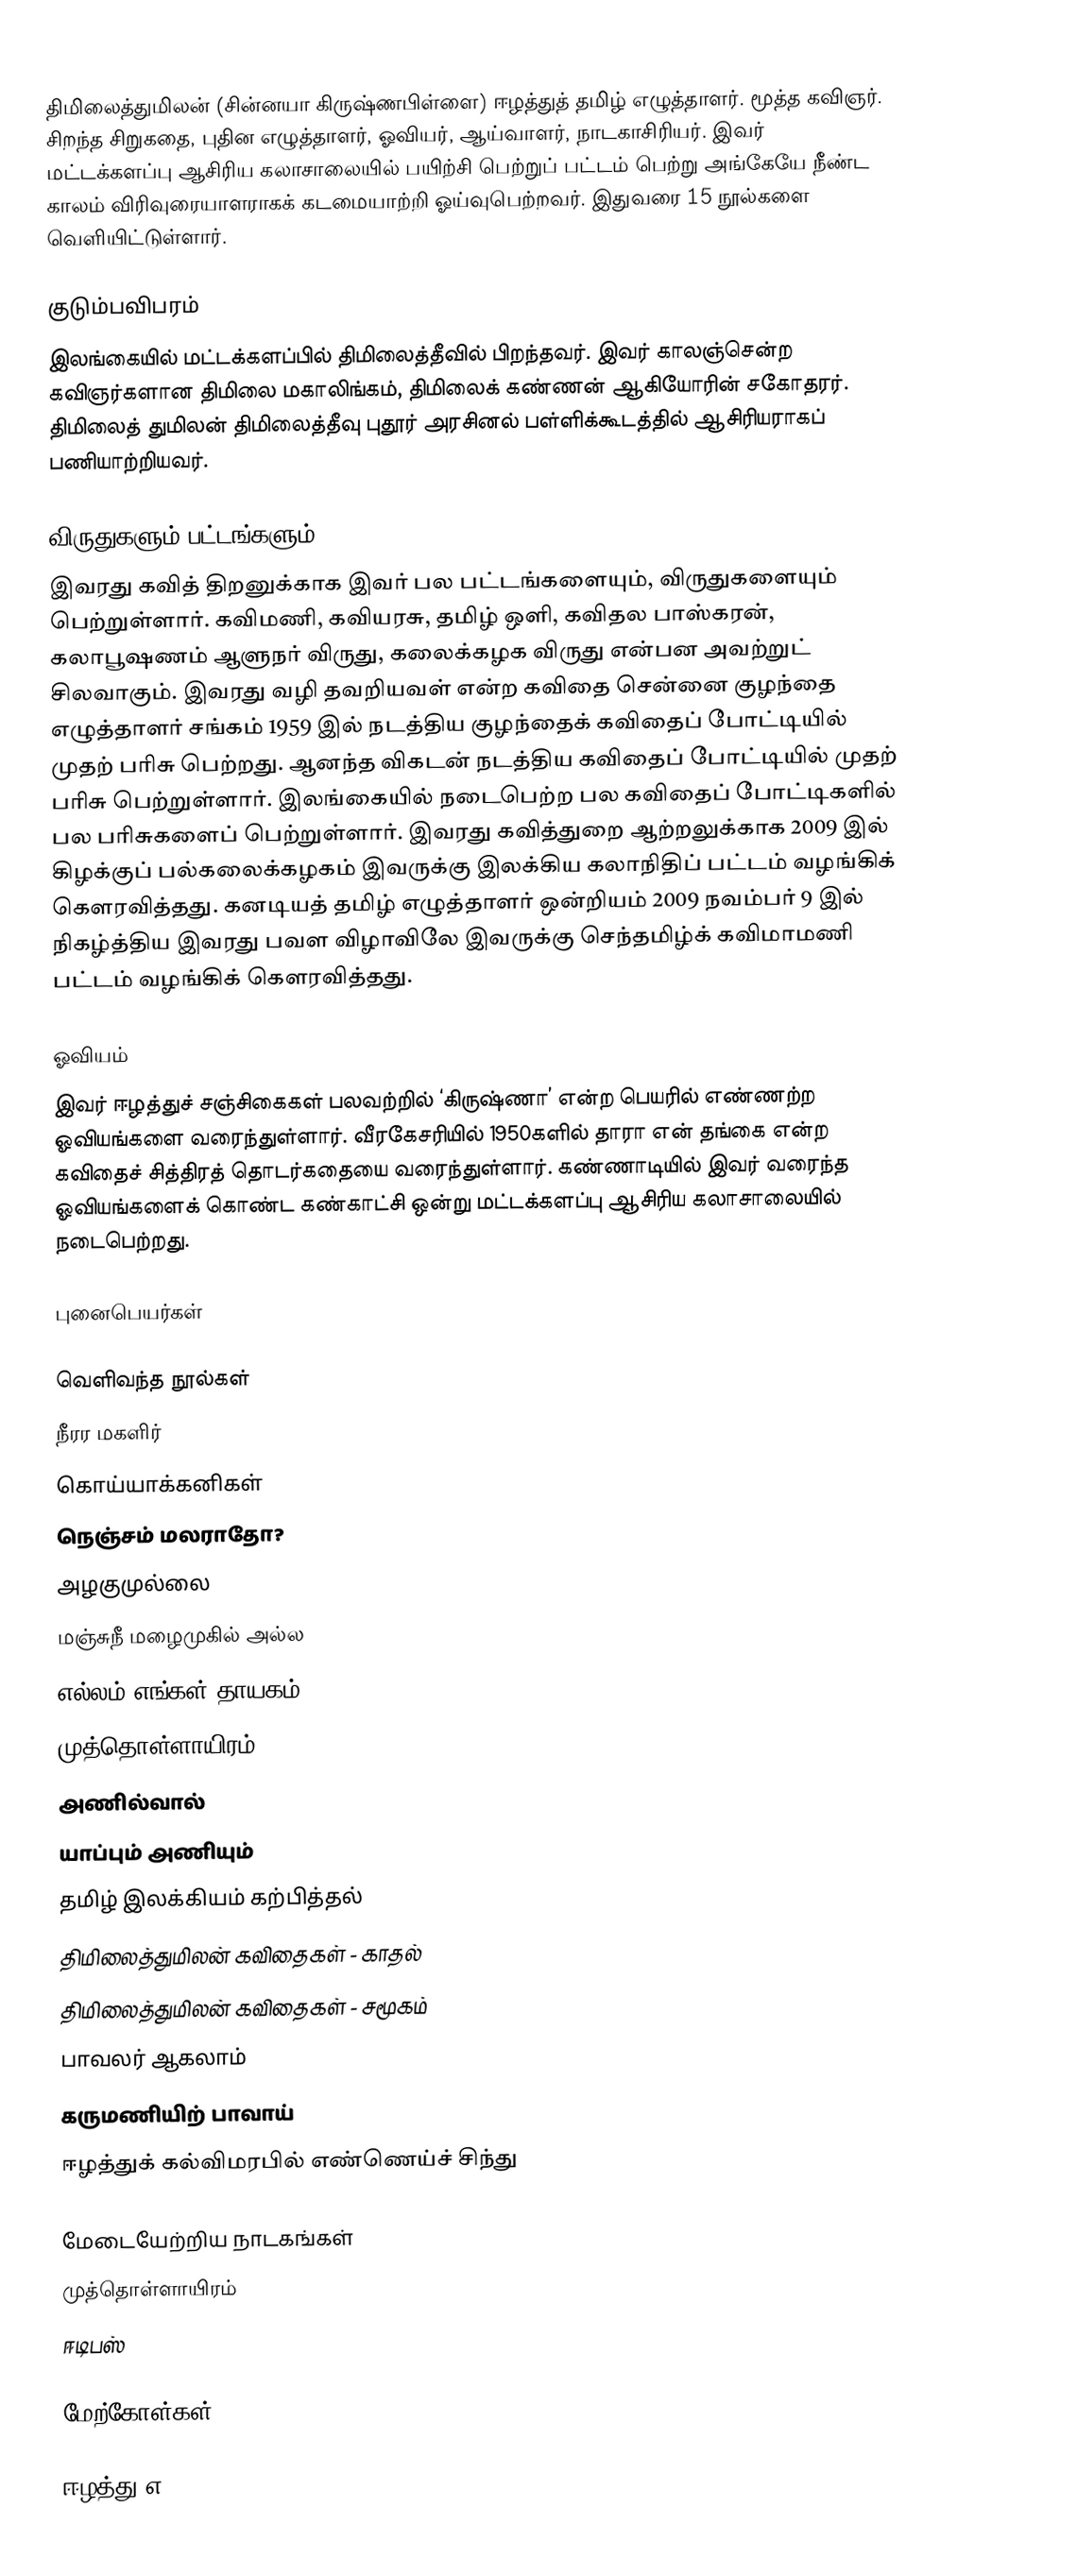
திமிலைத்துமிலன் (சின்னயா கிருஷ்ணபிள்ளை) ஈழத்துத் தமிழ் எழுத்தாளர். மூத்த கவிஞர். சிறந்த சிறுகதை, புதின எழுத்தாளர், ஓவியர், ஆய்வாளர், நாடகாசிரியர். இவர் மட்டக்களப்பு ஆசிரிய கலாசாலையில் பயிற்சி பெற்றுப் பட்டம் பெற்று அங்கேயே நீண்ட காலம் விரிவுரையாளராகக் கடமையாற்றி ஓய்வுபெற்றவர். இதுவரை 15 நூல்களை வெளியிட்டுள்ளார்.

குடும்பவிபரம்
இலங்கையில் மட்டக்களப்பில் திமிலைத்தீவில் பிறந்தவர். இவர் காலஞ்சென்ற கவிஞர்களான திமிலை மகாலிங்கம், திமிலைக் கண்ணன் ஆகியோரின் சகோதரர். திமிலைத் துமிலன் திமிலைத்தீவு புதூர் அரசினல் பள்ளிக்கூடத்தில் ஆசிரியராகப் பணியாற்றியவர்.

விருதுகளும் பட்டங்களும்
இவரது கவித் திறனுக்காக இவர் பல பட்டங்களையும், விருதுகளையும் பெற்றுள்ளார். கவிமணி, கவியரசு, தமிழ் ஒளி, கவிதல பாஸ்கரன், கலாபூஷணம் ஆளுநர் விருது, கலைக்கழக விருது என்பன அவற்றுட் சிலவாகும். இவரது வழி தவறியவள் என்ற கவிதை சென்னை குழந்தை எழுத்தாளர் சங்கம் 1959 இல் நடத்திய குழந்தைக் கவிதைப் போட்டியில் முதற் பரிசு பெற்றது. ஆனந்த விகடன் நடத்திய கவிதைப் போட்டியில் முதற் பரிசு பெற்றுள்ளார். இலங்கையில் நடைபெற்ற பல கவிதைப் போட்டிகளில் பல பரிசுகளைப் பெற்றுள்ளார். இவரது கவித்துறை ஆற்றலுக்காக 2009 இல் கிழக்குப் பல்கலைக்கழகம்  இவருக்கு இலக்கிய கலாநிதிப் பட்டம் வழங்கிக் கெளரவித்தது. கனடியத் தமிழ் எழுத்தாளர் ஒன்றியம் 2009 நவம்பர் 9 இல் நிகழ்த்திய இவரது பவள விழாவிலே இவருக்கு செந்தமிழ்க் கவிமாமணி பட்டம் வழங்கிக் கெளரவித்தது.

ஓவியம்
இவர் ஈழத்துச் சஞ்சிகைகள் பலவற்றில் ‘கிருஷ்ணா’ என்ற பெயரில் எண்ணற்ற ஓவியங்களை வரைந்துள்ளார். வீரகேசரியில் 1950களில் தாரா என் தங்கை என்ற கவிதைச் சித்திரத் தொடர்கதையை வரைந்துள்ளார். கண்ணாடியில் இவர் வரைந்த ஓவியங்களைக் கொண்ட கண்காட்சி ஒன்று மட்டக்களப்பு ஆசிரிய கலாசாலையில் நடைபெற்றது.

புனைபெயர்கள்

வெளிவந்த நூல்கள்
 நீரர மகளிர்
 கொய்யாக்கனிகள்
 நெஞ்சம் மலராதோ?
 அழகுமுல்லை
 மஞ்சுநீ மழைமுகில் அல்ல
 எல்லம் எங்கள் தாயகம்
 முத்தொள்ளாயிரம்
 அணில்வால்
 யாப்பும் அணியும்
 தமிழ் இலக்கியம் கற்பித்தல்
 திமிலைத்துமிலன் கவிதைகள் - காதல்
 திமிலைத்துமிலன் கவிதைகள் - சமூகம்
 பாவலர் ஆகலாம்
 கருமணியிற் பாவாய்
 ஈழத்துக் கல்விமரபில் எண்ணெய்ச் சிந்து

மேடையேற்றிய நாடகங்கள்
 முத்தொள்ளாயிரம்
 ஈடிபஸ்

மேற்கோள்கள்

ஈழத்து எ